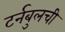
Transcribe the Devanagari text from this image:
टर्नबुलची